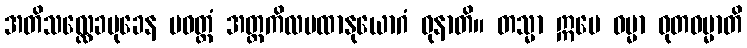
အတိသလ္လေခမုခေန ပဝတ္တံ အတ္တကိလမထာနုယောဂံ ဓုနာတိ။ တသ္မာ ဣမေ ဓမ္မာ ဓုတဓမ္မာတိ